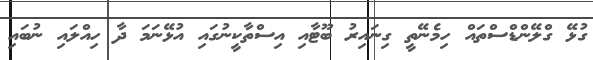
ގުޅޭ ގްލޭންޑްސްތައް ހިމެނޭތީ ގިނައިރު ބޫޓާއި އިސްތާކީނުގައި އުޅޭނަމަ ދާ ހިއްލައި ނުބައި